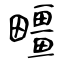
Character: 疅